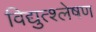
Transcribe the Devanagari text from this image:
विद्युत्श्लेषण